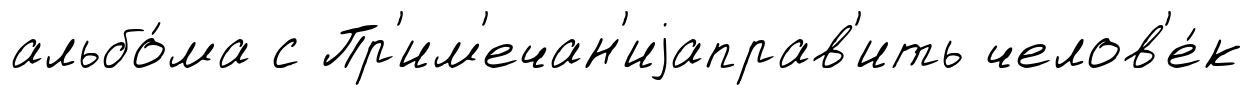
альбо́ма с Пр'им'ечан'иjаправ'ить челов'е́к